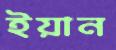
ইয়ান